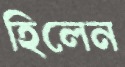
হিলেন